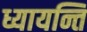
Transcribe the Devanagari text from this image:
ध्यायन्ति